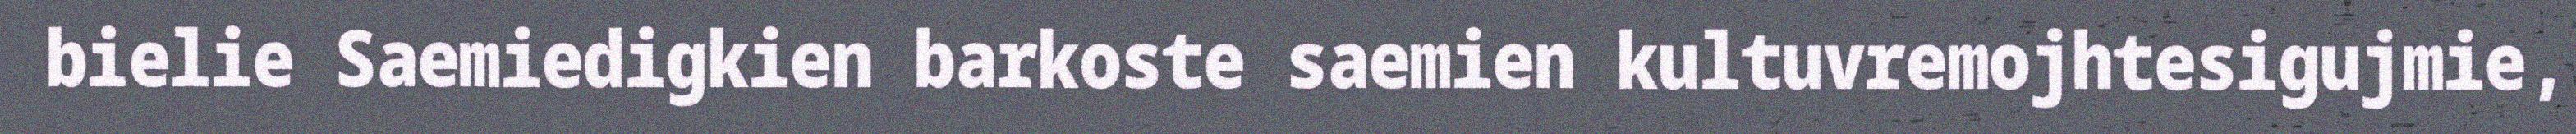
bielie Saemiedigkien barkoste saemien kultuvremojhtesigujmie,